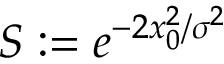
S : = e ^ { - 2 x _ { 0 } ^ { 2 } / \sigma ^ { 2 } }